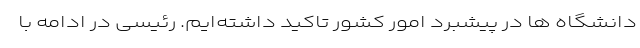
دانشگاه ها در پیشبرد امور کشور تاکید داشته‌ایم. رئیسی در ادامه با